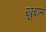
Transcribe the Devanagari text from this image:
ख़ुद्दाम